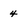
Character: 4